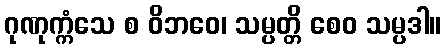
ဂုဏုက္ကံသေ စ ဝိဘဝေ၊ သမ္ပတ္တိ စေဝ သမ္ပဒါ။